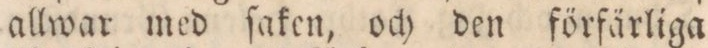
allwar med ſaken, och den förfärliga